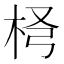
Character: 𣐢